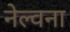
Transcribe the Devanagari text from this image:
नेल्वना